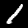
Digit: 1